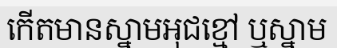
កើតមានស្នាមអុជខ្មៅ ឬស្នាម